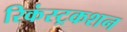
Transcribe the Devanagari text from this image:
रिकंस्ट्रकशन